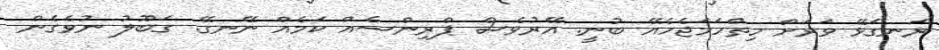
ރަނގަޅޭ ވަރަށް ހިތްހަމަޖެހެއޭ ބުނީ. އޭރުވެސް ޕްރިންސެއް ކަމެއް ނޭނގޭ. ގަބޫލު ނުވެެގެން